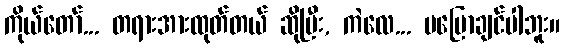
ကိုယ်တော်... တရားအားထုတ်တယ် ဆိုပြီး, ကဲလေ... မပြောချင်ပါဘူး။